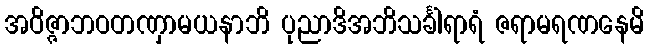
အဝိဇ္ဇာဘဝတဏှာမယနာဘိ ပုညာဒိအဘိသင်္ခါရာရံ ဇရာမရဏနေမိ